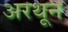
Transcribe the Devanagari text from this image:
अरथून